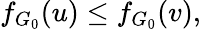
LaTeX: f_{G_{0}}(u)\le f_{G_{0}}(v),